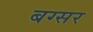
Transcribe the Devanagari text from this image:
बग्सर